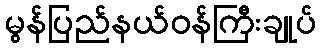
မွန်ပြည်နယ်ဝန်ကြီးချုပ်